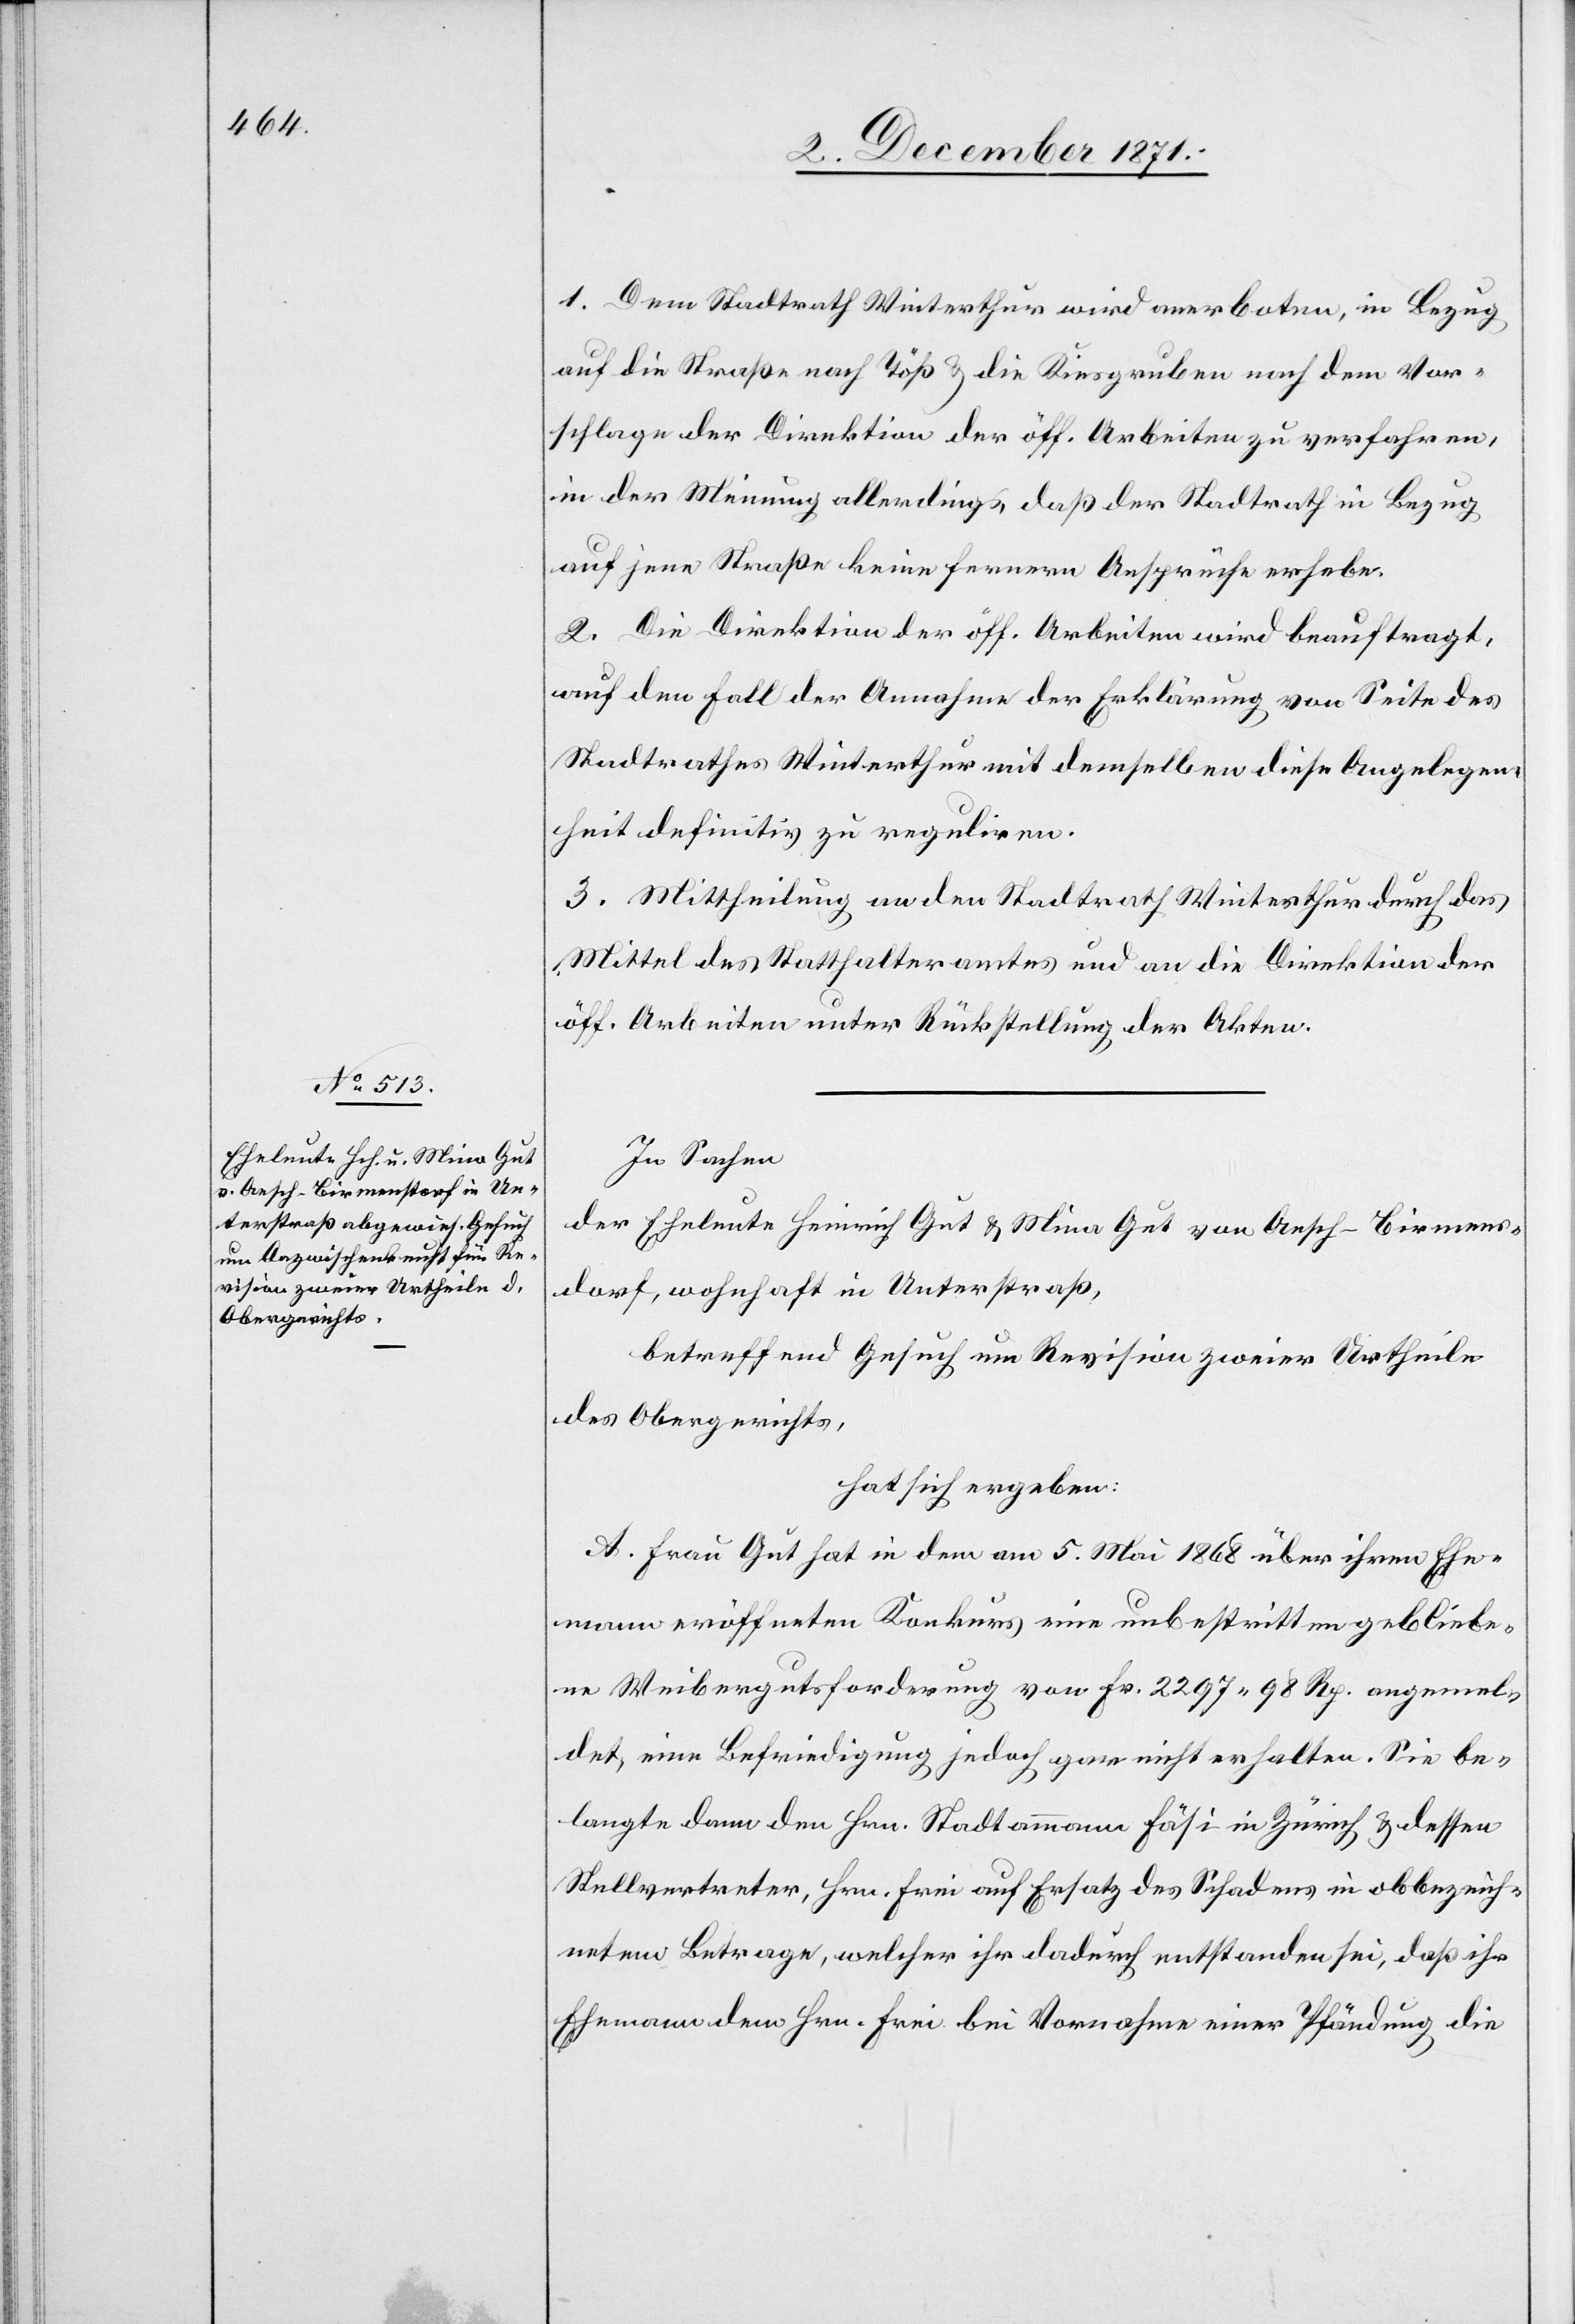
1. Dem Stadtrath Winterthur wird anerboten, in Bezug
auf die Straße nach Töß & die Kiesgruben nach dem Vor¬
schlage der Direktion der öff. Arbeiten zu verfahren,
in der Meinung allerdings, daß der Stadtrath in Bezug
auf jene Straße keine fernern Ansprüche erhebe.
2. Die Direktion der öff. Arbeiten wird beauftragt,
auch den Fall der Annahme der Erklärung von Seite des
Stadtrathes Winterthur mit demselben diese Angelegen¬
heit definitiv zu reguliren.
3. Mittheilung an den Stadtrath Winterthur durch das
Mittel des Statthalteramtes und an die Direktion der
öff. Arbeiten unter Rückstellung der Akten.
In Sachen
der Eheleute Heinrich Gut & Mina Gut von Aesch - Birmens¬
dorf, wohnhaft in Unterstraß,
betreffend Gesuch um Revision zweier Urtheile
des Obergerichts,
hat sich ergeben:
A. Frau Gut hat in dem am 5. Mai 1868 über ihrem Ehe¬
mann eröffneten Konkurs eine unbestritten gebliebe¬
ne Weibergutsforderung von Fr. 2297.98 Rp. angemel¬
det, eine Befriedigung jedoch gar nicht erhalten. Sie be¬
langte dann den Hrn. Stadtammann Hösi in Zürich & dessen
Stellvertreter, Hrn. Frei auf Ersatz des Schadens in obbezeich¬
neten Betrage, welcher ihr dadurch entstanden sei, daß ihr
Ehemann dem Hrn. Frei bei Vornahme einer Pfändung die